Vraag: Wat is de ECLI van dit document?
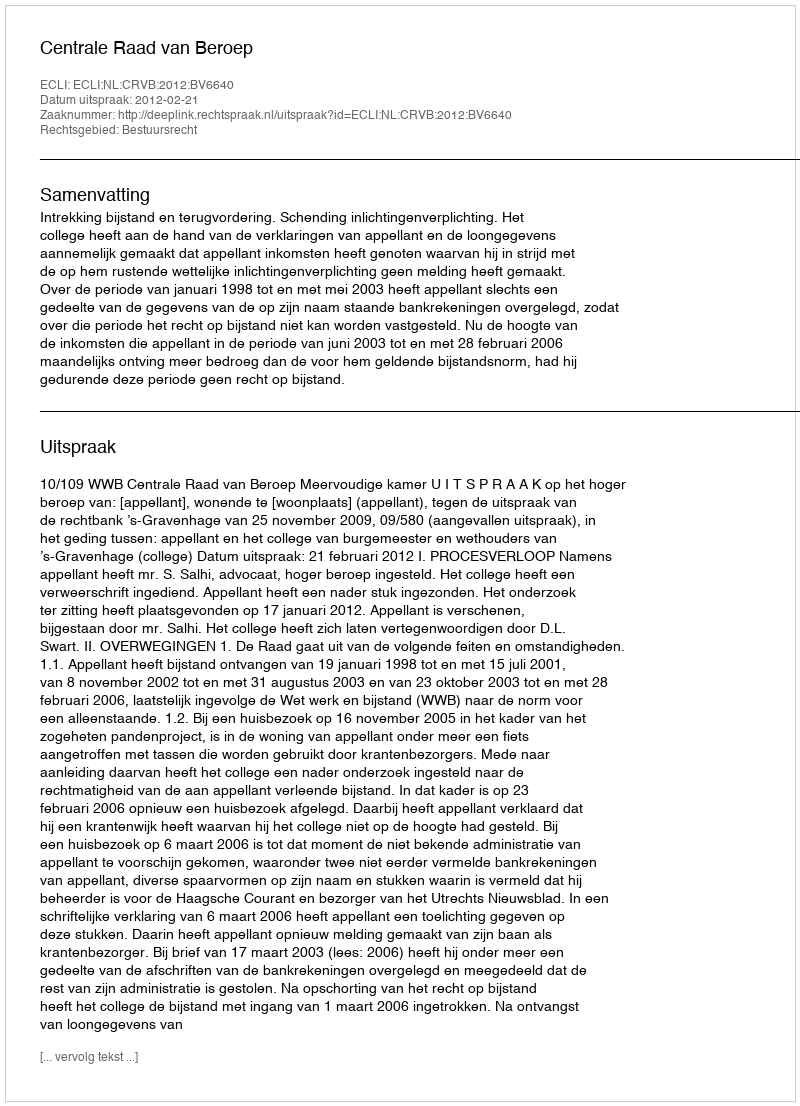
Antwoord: ECLI:NL:CRVB:2012:BV6640